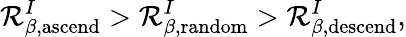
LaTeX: \mathcal{R}_{\beta,\mathrm{{ascend}}}^{I}>\mathcal{R}_{\beta,\mathrm{{random}}}^{I}>\mathcal{R}_{\beta,\mathrm{{descend}}}^{I},